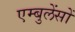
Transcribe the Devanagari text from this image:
एम्बुलेंसों